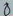
Text: 8